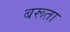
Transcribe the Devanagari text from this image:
बरूता